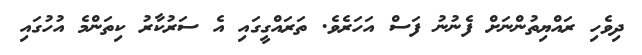
ދިވެހި ރައްޔިތުންނަށް ފެނުނު ފަސް އަހަރެވެ. ތަރައްގީގައި އެ ސަރުކާރު ކިތަންމެ އުހުގައި